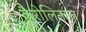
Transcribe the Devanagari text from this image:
कैरोलिनाज